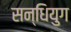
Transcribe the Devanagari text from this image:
सन्धियुग